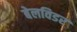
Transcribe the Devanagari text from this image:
बेलविडर